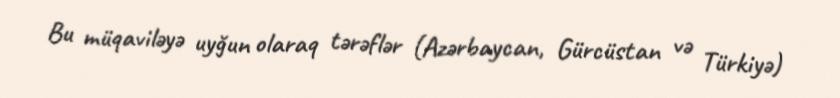
Bu müqaviləyə uyğun olaraq tərəflər (Azərbaycan, Gürcüstan və Türkiyə)